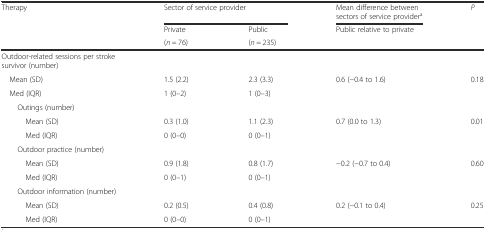
| Therapy | <COLSPAN=2> Sector of service provider | Mean difference between sectors of service providera | P |
 | <ROWSPAN=2>  | Private | Public | <ROWSPAN=2> Public relative to private | <ROWSPAN=2>  |
 | (n = 76) | (n = 235) |
 | --- | --- | --- | --- | --- |
 | Outdoor-related sessions per stroke survivor (number) |  |  |  |  |
 | Mean (SD) | 1.5 (2.2) | 2.3 (3.3) | 0.6 (−0.4 to 1.6) | 0.18 |
 | Med (IQR) | 1 (0–2) | 1 (0–3) |  |  |
 | Outings (number) |  |  |  |  |
 | Mean (SD) | 0.3 (1.0) | 1.1 (2.3) | 0.7 (0.0 to 1.3) | 0.01 |
 | Med (IQR) | 0 (0–0) | 0 (0–1) |  |  |
 | Outdoor practice (number) |  |  |  |  |
 | Mean (SD) | 0.9 (1.8) | 0.8 (1.7) | −0.2 (−0.7 to 0.4) | 0.60 |
 | Med (IQR) | 0 (0–1) | 0 (0–1) |  |  |
 | Outdoor information (number) |  |  |  |  |
 | Mean (SD) | 0.2 (0.5) | 0.4 (0.8) | 0.2 (−0.1 to 0.4) | 0.25 |
 | Med (IQR) | 0 (0–0) | 0 (0–1) |  |  |